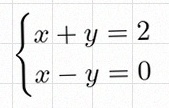
\begin{cases}x+y=2\\x-y=0\end{cases}